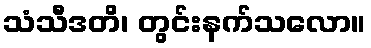
သံသီဒတိ၊ တွင်းနက်သလော။